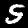
Digit: 5